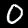
Label: 0